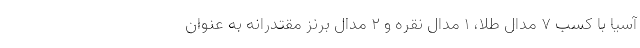
آسیا با کسب ۷ مدال طلا، ۱ مدال نقره و ۲ مدال برنز مقتدرانه به عنوان